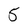
Character: 5